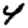
Digit: 4